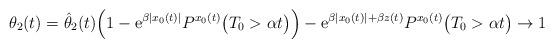
LaTeX: \begin{align*}\theta_2(t) = \hat{\theta}_2(t) \Big( 1 - \mathrm{e}^{\beta |x_0(t)|} P^{x_0(t)} \big( T_0 > \alpha t \big) \Big) - \mathrm{e}^{\beta |x_0(t)| + \beta z(t)} P^{x_0(t)} \big( T_0 > \alpha t \big) \to 1\end{align*}